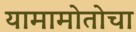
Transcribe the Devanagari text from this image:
यामामोतोचा